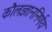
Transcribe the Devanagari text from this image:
कौलज्ञाननिर्णय